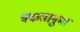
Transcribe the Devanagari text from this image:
वकसानुमा